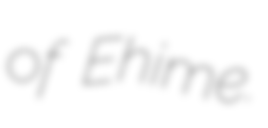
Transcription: of Ehime.